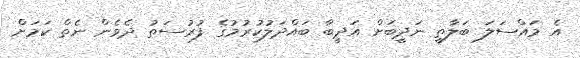
އެ މައްސަލަ ބަލާތީ ނަދީބަށް އަދީބާ ބައްދަލުކުރުމުގެ ފުރުސަތު ދެވެން ނެތް ކަމަށް